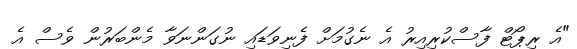
"އެ ރިޕޯޓް ފާސްކުރިއިރު އެ ނެގުމަށް ފެނިވަޑައި ނުގަންނަވާ މެންބަރުން ވެސް އެ